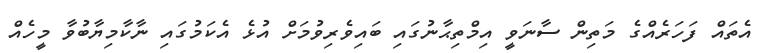
އެތައް ފަހަރެއްގެ މަތިން ސާނަވީ އިމްތިޙާނުގައި ބައިވެރިވުމަށް އުޅެ އެކަމުގައި ނާކާމިޔާބުވާ މީހެއް